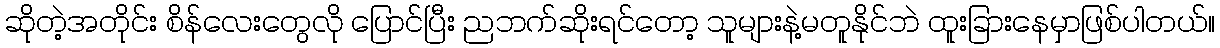
ဆိုတဲ့အတိုင်း စိန်လေးတွေလို ပြောင်ပြီး ညဘက်ဆိုးရင်တော့ သူများနဲ့မတူနိုင်ဘဲ ထူးခြားနေမှာဖြစ်ပါတယ်။